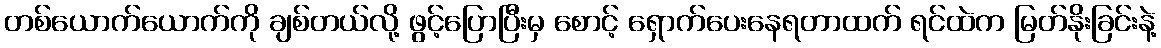
တစ်ယောက်ယောက်ကို ချစ်တယ်လို့ ဖွင့်ပြောပြီးမှ စောင့် ရှောက်ပေးနေရတာထက် ရင်ထဲက မြတ်နိုးခြင်းနဲ့